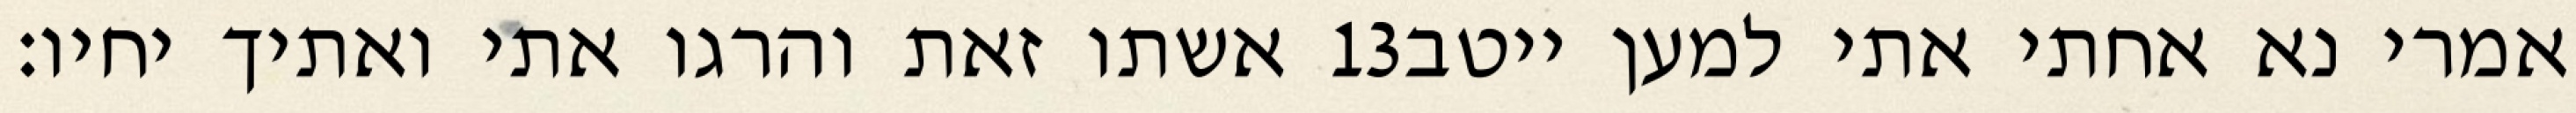
אשתו זאת והרגו אתי ואתיך יחיו׃ ‎13‏ אמרי נא אחתי אתי למען ייטב